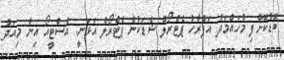
ބޮޑުކޮށްފި މުހައްމަދު އަފްރާހު ޕެޓްރޯލް ޝެޑަކުން ޕެޓްރޯލް އަޅަނީ: އެސްޓީއޯ އިން މިއަދު